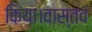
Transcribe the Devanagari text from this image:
किया।वास्तव